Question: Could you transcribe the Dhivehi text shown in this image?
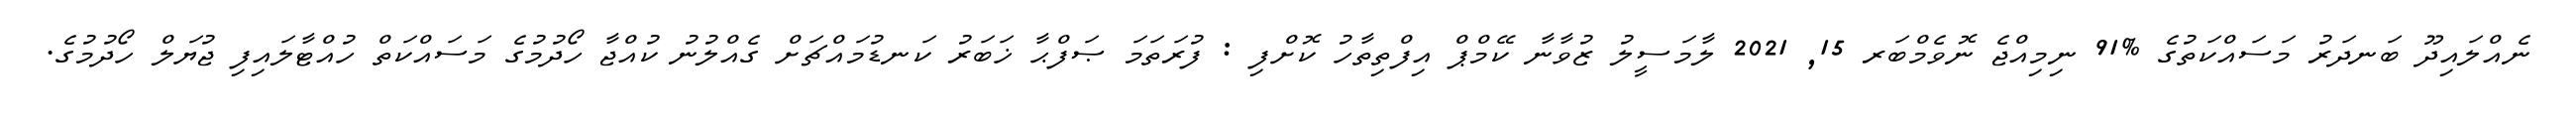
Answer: ނެއްލައިދޫ ބަނދަރު މަސައްކަތުގެ %91 ނިމިއްޖެ ނޮވެމްބަރ 15, 2021 ލާމަސީލު ޒުވާނާ ކޭމްޕް އިފްތިތާހު ކޮށްފި : ފުރަތަމަ ޞަފްޙާ ޚަބަރު ކަނޑުމައްޗަށް ގެއްލުނު ކުއްޖާ ހޯދުމުގެ މަސައްކަތް ހުއްޓާލައިފި ޖުޔަލް ހޯދުމުގެ.